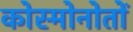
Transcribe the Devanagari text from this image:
कोस्मोनोतों